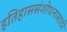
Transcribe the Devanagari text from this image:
इतिहाससंशोधनासाठी